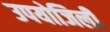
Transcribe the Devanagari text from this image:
उपयोजिली